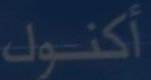
أكنول